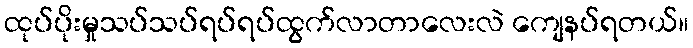
ထုပ်ပိုးမှုသပ်သပ်ရပ်ရပ်ထွက်လာတာလေးလဲ ကျေနပ်ရတယ်။